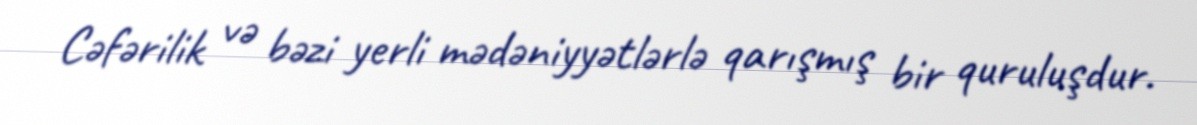
Cəfərilik və bəzi yerli mədəniyyətlərlə qarışmış bir quruluşdur.